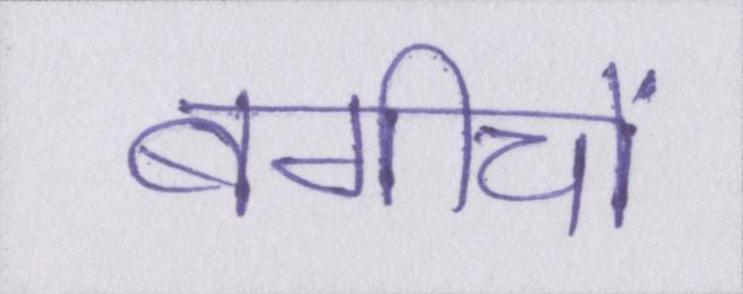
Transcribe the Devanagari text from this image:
बगीचों